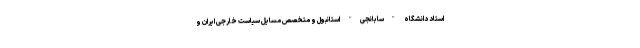
استاد دانشگاه "سابانجی" استانبول و متخصص مسایل سیاست خارجی ایران و